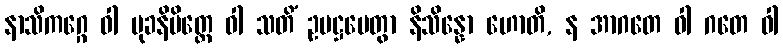
နာသိကဂ္ဂေ ဝါ မုခနိမိတ္တေ ဝါ သတိံ ဥပဋ္ဌပေတွာ နိသိန္နော ဟောတိ, န အာဂတေ ဝါ ဂတေ ဝါ